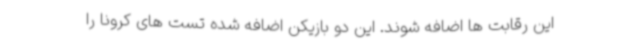
این رقابت ها اضافه شوند. این دو بازیکن اضافه شده تست های کرونا را